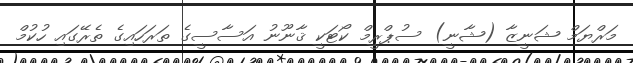
މަރްޔަމް ޝަނީޒާ (ޝާނީ) ސުޕްރީމް ކޯޓަކީ ޤާނޫނު އަސާސީގެ ތަރަހައިގެ ތެރޭގައި ހުކުމް